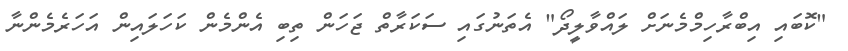
"ކޮބައި އިބްރާހިމްމެނަށް ލައްވާލީދޯ" އެތަނުގައި ސަކަރާތް ޖަހަން ތިބި އެންމެން ކަހަލައިން އަހަރެމެންނާ